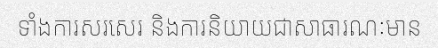
ទាំងការសរសេរ និងការនិយាយជាសាធារណៈមាន